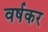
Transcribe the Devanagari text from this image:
वर्षकर